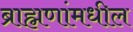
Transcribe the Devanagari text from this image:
ब्राह्मणांमधील